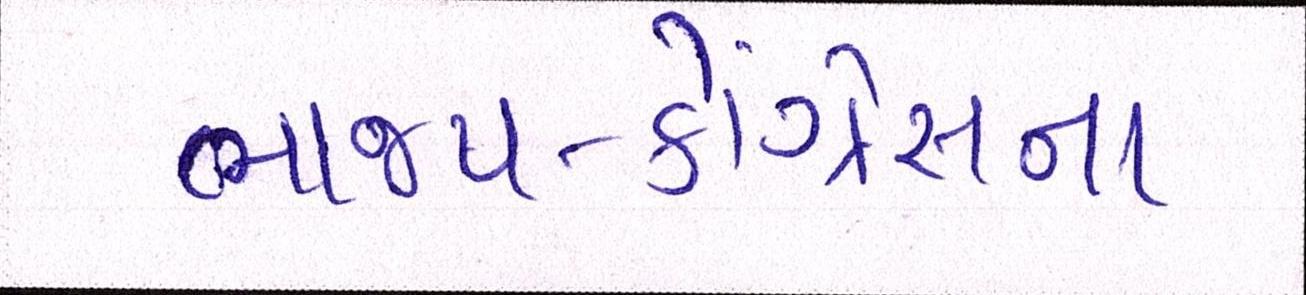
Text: ભાજપ-કોંગ્રેસના